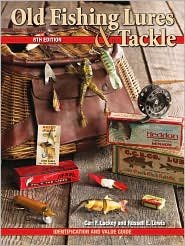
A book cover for Old Fishing Lures & Tackle: Identification and Value Guide; Carl F. Luckey; Crafts, Hobbies & Home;